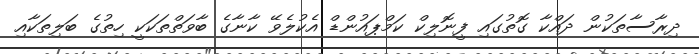
ދިރާސާތަކުން ދައްކާ ގޮތުގައި ފީނޮލިކް ކަމްޕައުންޑް އެކުލެވޭ ކާނާގެ ބާވަތްތަކަކީ ހިތުގެ ބަލިތަކާއި